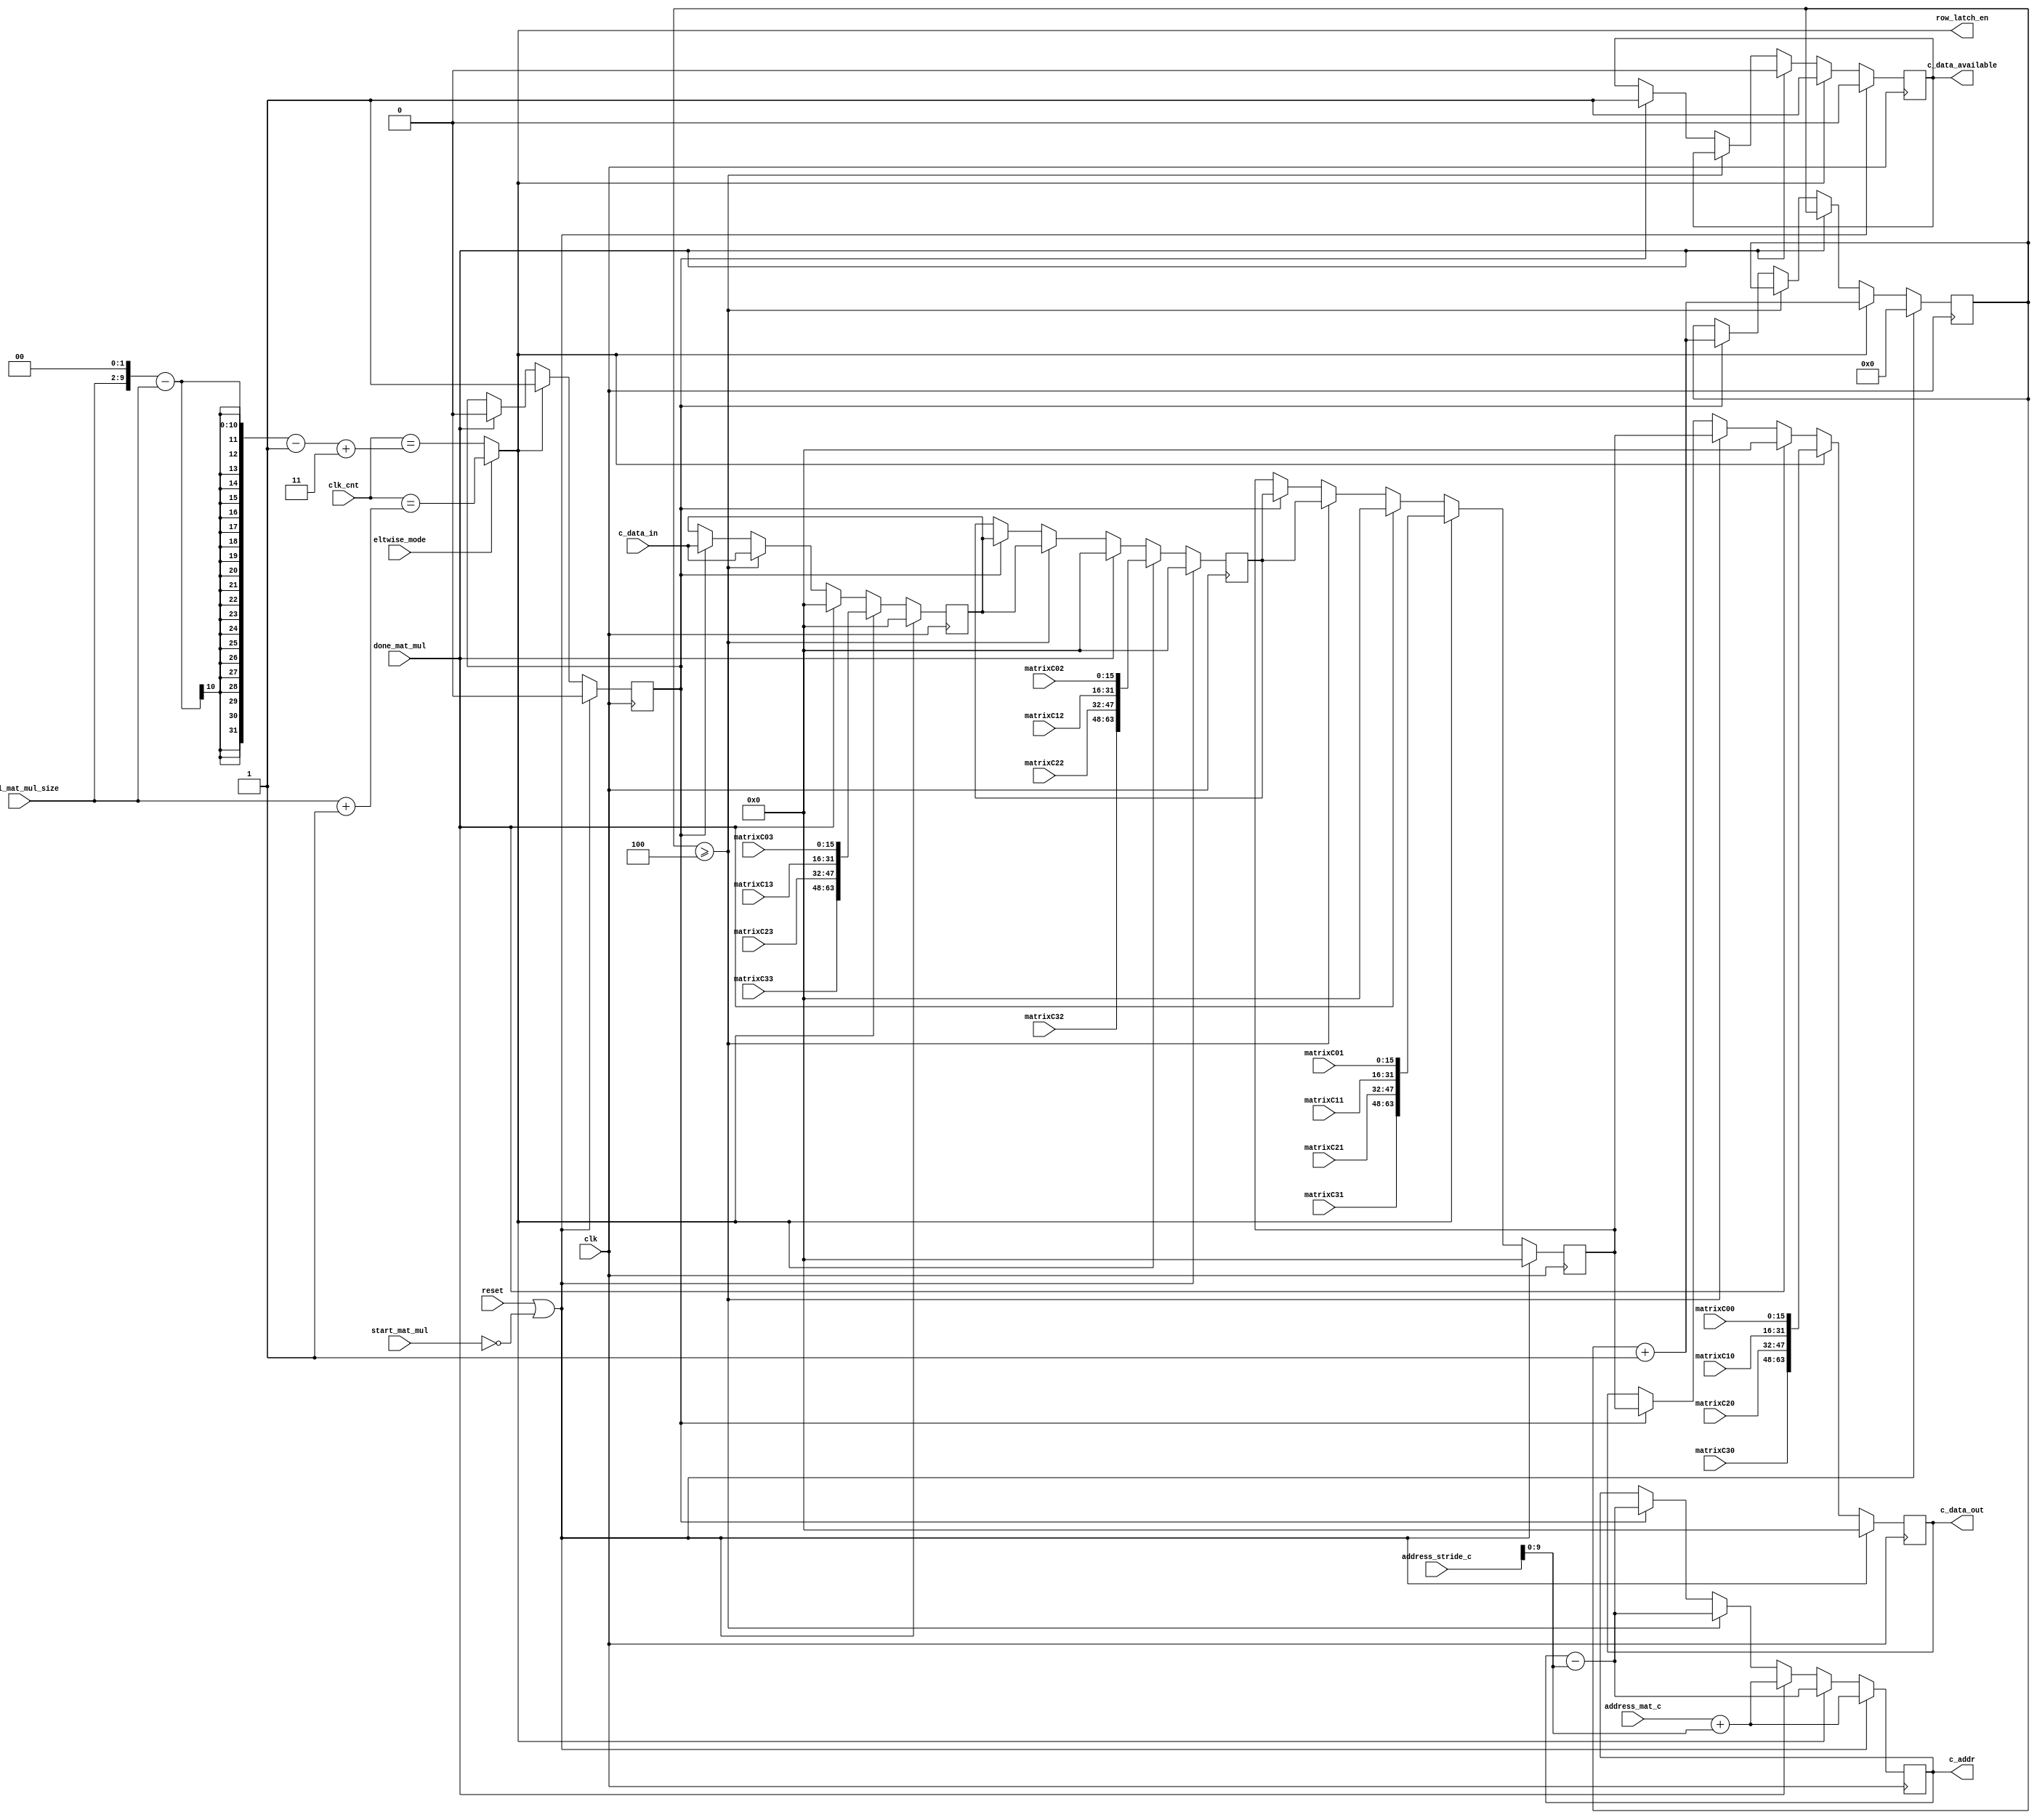
//`define ARCH_SPECIFIC_IMP 1
`define VCS
`define DWIDTH 16
`define AWIDTH 10
`define MEM_SIZE 1024
`define DESIGN_SIZE 8
`define MAT_MUL_SIZE 4
`define MASK_WIDTH 4
`define LOG2_MAT_MUL_SIZE 2
`define NUM_CYCLES_IN_MAC 3
`define MEM_ACCESS_LATENCY 1
`define REG_DATAWIDTH 32
`define REG_ADDRWIDTH 8
`define ADDR_STRIDE_WIDTH 16
`define REG_STDN_TPU_ADDR 32'h4
`define REG_MATRIX_A_ADDR 32'he
`define REG_MATRIX_B_ADDR 32'h12
`define REG_MATRIX_C_ADDR 32'h16
`define REG_VALID_MASK_A_ROWS_ADDR 32'h20
`define REG_VALID_MASK_A_COLS_ADDR 32'h54
`define REG_VALID_MASK_B_ROWS_ADDR 32'h5c
`define REG_VALID_MASK_B_COLS_ADDR 32'h58
`define REG_MATRIX_A_STRIDE_ADDR 32'h28
`define REG_MATRIX_B_STRIDE_ADDR 32'h32
`define REG_MATRIX_C_STRIDE_ADDR 32'h36
`define ADDRESS_BASE_A 10'd0
`define ADDRESS_BASE_B 10'd0
`define ADDRESS_BASE_C 10'd0

module output_logic(
clk,
reset,
start_mat_mul,
done_mat_mul,
eltwise_mode,
address_mat_c,
address_stride_c,
c_data_in,
c_data_out, //Data values going out to next matmul - systolic shifting
c_addr,
c_data_available,
clk_cnt,
row_latch_en,
final_mat_mul_size,
matrixC00,
matrixC01,
matrixC02,
matrixC03,
matrixC10,
matrixC11,
matrixC12,
matrixC13,
matrixC20,
matrixC21,
matrixC22,
matrixC23,
matrixC30,
matrixC31,
matrixC32,
matrixC33
);

input clk;
input reset;
input start_mat_mul;
input done_mat_mul;
input eltwise_mode;
input [`AWIDTH-1:0] address_mat_c;
input [`ADDR_STRIDE_WIDTH-1:0] address_stride_c;
input [`MAT_MUL_SIZE*`DWIDTH-1:0] c_data_in;
output [`MAT_MUL_SIZE*`DWIDTH-1:0] c_data_out;
output [`AWIDTH-1:0] c_addr;
output c_data_available;
input [7:0] clk_cnt;
output row_latch_en;
input [7:0] final_mat_mul_size;
input [`DWIDTH-1:0] matrixC00;
input [`DWIDTH-1:0] matrixC01;
input [`DWIDTH-1:0] matrixC02;
input [`DWIDTH-1:0] matrixC03;
input [`DWIDTH-1:0] matrixC10;
input [`DWIDTH-1:0] matrixC11;
input [`DWIDTH-1:0] matrixC12;
input [`DWIDTH-1:0] matrixC13;
input [`DWIDTH-1:0] matrixC20;
input [`DWIDTH-1:0] matrixC21;
input [`DWIDTH-1:0] matrixC22;
input [`DWIDTH-1:0] matrixC23;
input [`DWIDTH-1:0] matrixC30;
input [`DWIDTH-1:0] matrixC31;
input [`DWIDTH-1:0] matrixC32;
input [`DWIDTH-1:0] matrixC33;

wire row_latch_en;

//////////////////////////////////////////////////////////////////////////
// Logic to capture matrix C data from the PEs and shift it out
//////////////////////////////////////////////////////////////////////////

//assign row_latch_en = (clk_cnt==(`MAT_MUL_SIZE + (a_loc+b_loc) * `BB_MAT_MUL_SIZE + 10 +  `NUM_CYCLES_IN_MAC - 1));
//Writing the line above to avoid multiplication:
//assign row_latch_en = (clk_cnt==(`MAT_MUL_SIZE + ((a_loc+b_loc) << `LOG2_MAT_MUL_SIZE) + 10 +  `NUM_CYCLES_IN_MAC - 1));
//Fixing bug. The line above is inaccurate. Using the line below. 
//TODO: This line needs to be fixed to include a_loc and b_loc ie. when final_mat_mul_size is different from `MAT_MUL_SIZE
assign row_latch_en =  
                       //((clk_cnt == ((`MAT_MUL_SIZE<<2) - `MAT_MUL_SIZE -2 +`NUM_CYCLES_IN_MAC)));
                       (eltwise_mode) ? ((clk_cnt == (final_mat_mul_size + 1 ))) :
                       ((clk_cnt == ((final_mat_mul_size<<2) - final_mat_mul_size -1 +`NUM_CYCLES_IN_MAC)));

reg c_data_available;
reg [`AWIDTH-1:0] c_addr;
reg start_capturing_c_data;
reg [31:0] counter;
reg [`MAT_MUL_SIZE*`DWIDTH-1:0] c_data_out;
reg [`MAT_MUL_SIZE*`DWIDTH-1:0] c_data_out_1;
reg [`MAT_MUL_SIZE*`DWIDTH-1:0] c_data_out_2;
reg [`MAT_MUL_SIZE*`DWIDTH-1:0] c_data_out_3;

wire [`MAT_MUL_SIZE*`DWIDTH-1:0] col0;
wire [`MAT_MUL_SIZE*`DWIDTH-1:0] col1;
wire [`MAT_MUL_SIZE*`DWIDTH-1:0] col2;
wire [`MAT_MUL_SIZE*`DWIDTH-1:0] col3;
assign col0 = {matrixC30, matrixC20, matrixC10, matrixC00};
assign col1 = {matrixC31, matrixC21, matrixC11, matrixC01};
assign col2 = {matrixC32, matrixC22, matrixC12, matrixC02};
assign col3 = {matrixC33, matrixC23, matrixC13, matrixC03};

//If save_output_to_accum is asserted, that means we are not intending to shift
//out the outputs, because the outputs are still partial sums. 
wire condition_to_start_shifting_output;
assign condition_to_start_shifting_output = 
                          row_latch_en ;  

//For larger matmuls, this logic will have more entries in the case statement
always @(posedge clk) begin
  if (reset | ~start_mat_mul) begin
    start_capturing_c_data <= 1'b0;
    c_data_available <= 1'b0;
    c_addr <= address_mat_c+address_stride_c;
    c_data_out <= 0;
    counter <= 0;
    c_data_out_1 <= 0; 
    c_data_out_2 <= 0; 
    c_data_out_3 <= 0; 
  end
  else if (condition_to_start_shifting_output) begin
    start_capturing_c_data <= 1'b1;
    c_data_available <= 1'b1;
    c_addr <= c_addr - address_stride_c;
    c_data_out <= col0; 
    c_data_out_1 <= col1; 
    c_data_out_2 <= col2; 
    c_data_out_3 <= col3; 
    counter <= counter + 1;
  end 
  else if (done_mat_mul) begin
    start_capturing_c_data <= 1'b0;
    c_data_available <= 1'b0;
    c_addr <= address_mat_c+address_stride_c;
    c_data_out <= 0;
    c_data_out_1 <= 0;
    c_data_out_2 <= 0;
    c_data_out_3 <= 0;
  end 
  else if (counter >= `MAT_MUL_SIZE) begin
    c_addr <= c_addr - address_stride_c;
    c_data_out <= c_data_out_1;
    c_data_out_1 <= c_data_out_2;
    c_data_out_2 <= c_data_out_3;
    c_data_out_3 <= c_data_in;
  end
  else if (start_capturing_c_data) begin
    c_data_available <= 1'b1;
    c_addr <= c_addr - address_stride_c;
    counter <= counter + 1;
    c_data_out <= c_data_out_1;
    c_data_out_1 <= c_data_out_2;
    c_data_out_2 <= c_data_out_3;
    c_data_out_3 <= c_data_in;
  end
end

endmodule